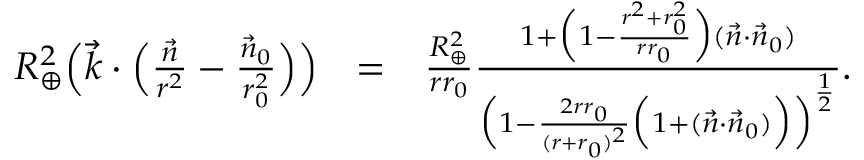
\begin{array} { r l r } { R _ { \oplus } ^ { 2 } \Big ( \vec { k } \cdot \Big ( \frac { \vec { n } } { r ^ { 2 } } - \frac { \vec { n } _ { 0 } } { r _ { 0 } ^ { 2 } } \Big ) \Big ) } & { = } & { \frac { R _ { \oplus } ^ { 2 } } { r r _ { 0 } } \frac { 1 + \Big ( 1 - \frac { r ^ { 2 } + r _ { 0 } ^ { 2 } } { r r _ { 0 } } \Big ) ( \vec { n } \cdot \vec { n } _ { 0 } ) } { \Big ( 1 - \frac { 2 r r _ { 0 } } { ( r + r _ { 0 } ) ^ { 2 } } \Big ( 1 + ( \vec { n } \cdot \vec { n } _ { 0 } ) \Big ) \Big ) ^ { \frac { 1 } { 2 } } } . } \end{array}